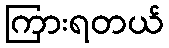
ကြားရတယ်